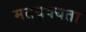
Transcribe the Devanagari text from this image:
मतयक्यता